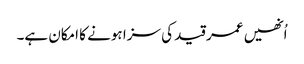
اُنھیں عمر قید کی سزا ہونے کا امکان ہے۔